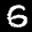
Label: 6